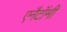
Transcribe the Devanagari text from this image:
एनैटॉमी